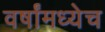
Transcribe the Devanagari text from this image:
वर्षांमध्येच